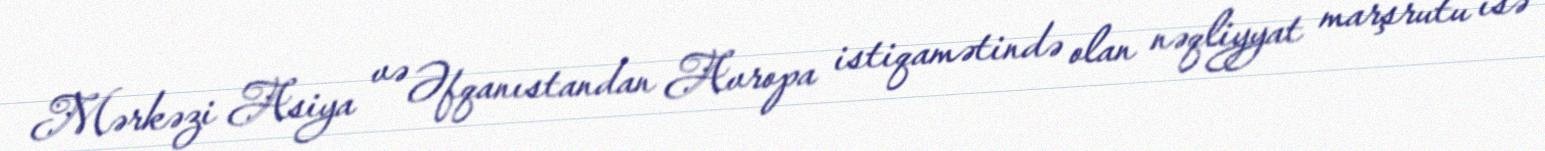
Mərkəzi Asiya və Əfqanıstandan Avropa istiqamətində olan nəqliyyat marşrutu isə